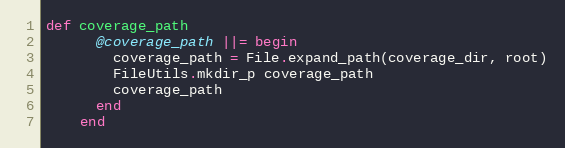
Language: Ruby
def coverage_path
      @coverage_path ||= begin
        coverage_path = File.expand_path(coverage_dir, root)
        FileUtils.mkdir_p coverage_path
        coverage_path
      end
    end